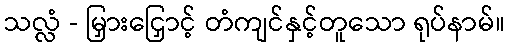
သလ္လံ - မြှားငြှောင့် တံကျင်နှင့်တူသော ရုပ်နာမ်။